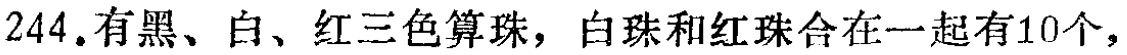
$244.有黑、白、红三色算珠，白珠和红珠合在一起有10个,$